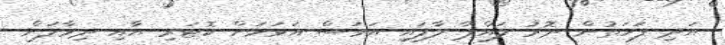
އަދި ފަހަތުން ދޮރު ލައްޕާ ލާފައި އަވަސް އަވަހަށް ކޮޓަރި އާއި ދިމާލަށް